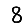
Digit: 8